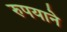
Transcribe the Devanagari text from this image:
रुपयाने